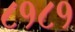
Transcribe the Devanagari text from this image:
८१८१